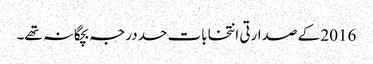
2016 کے صدارتی انتخابات حد درجہ بچگانہ تھے۔